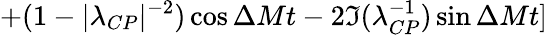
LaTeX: +(1-|\lambda_{CP}|^{-2})\cos\Delta Mt-2\Im(\lambda_{CP}^{-1})\sin\Delta Mt]